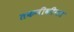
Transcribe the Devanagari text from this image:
तकनीकीगत